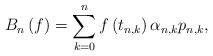
LaTeX: \begin{align*}B_{n}\left( f\right) =\sum_{k=0}^{n}f\left( t_{n,k}\right) \alpha_{n,k}p_{n,k}, \end{align*}